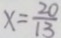
x = \frac { 2 0 } { 1 3 }